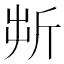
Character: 𣂚